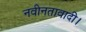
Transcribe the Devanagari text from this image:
नवीनतावादी।